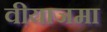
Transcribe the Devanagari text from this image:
वीयाजमा